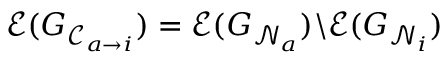
\mathcal { E } ( G _ { \mathcal { C } _ { a \to i } } ) = \mathcal { E } ( G _ { \mathcal { N } _ { a } } ) \backslash \mathcal { E } ( G _ { \mathcal { N } _ { i } } )